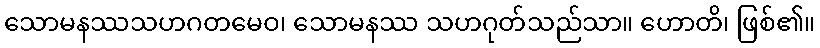
သောမနဿသဟဂတမေဝ၊ သောမနဿ သဟဂုတ်သည်သာ။ ဟောတိ၊ ဖြစ်၏။